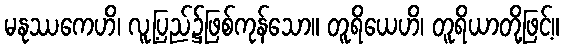
မနုဿကေဟိ၊ လူ့ပြည်၌ဖြစ်ကုန်သော။ တူရိယေဟိ၊ တူရိယာတို့ဖြင့်။